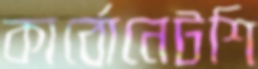
কার্বোনেটশি